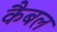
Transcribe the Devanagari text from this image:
कैबल